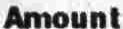
AMOUNT